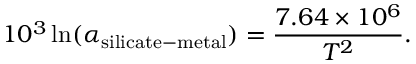
1 0 ^ { 3 } \ln ( \alpha _ { \mathrm { s i l i c a t e - m e t a l } } ) = \frac { 7 . 6 4 \times 1 0 ^ { 6 } } { T ^ { 2 } } .